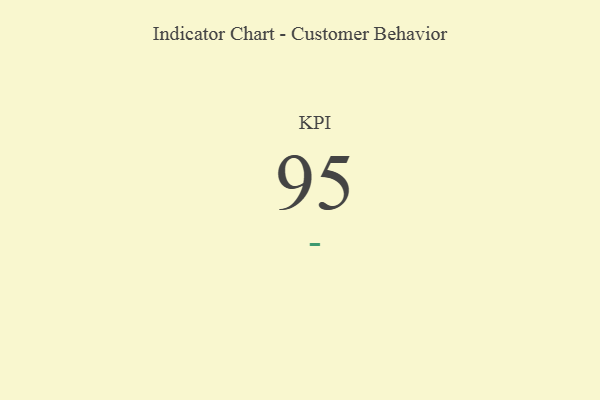
{"axis": {"x": "KPI", "y": "Value"}, "legend": [""], "data": [{"x": "KPI", "y": 95, "type": ""}]}